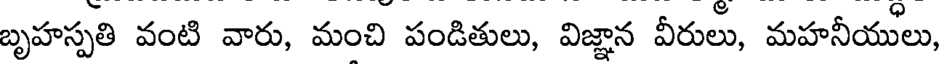
బృహస్పతి వంటి వారు, మంచి పండితులు, విజ్ఞాన వీరులు, మహనీయులు,